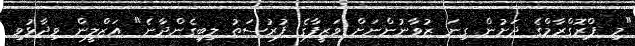
"މި ޕްރޮގްރާމްގެ ދަށުން ގިނަ ޒުވާނުންނަށް ވަޒީފާގެ ފުރުސަތު ލިބިގެންދާނެ" އަޒްލީން ވިދާޅުވި